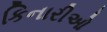
કિનારીઓ